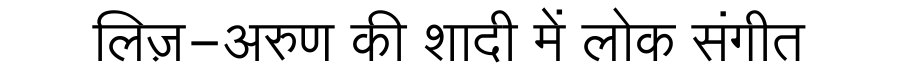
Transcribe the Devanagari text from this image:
लिज़-अरुण की शादी में लोक संगीत